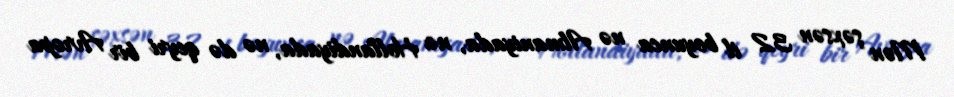
Mən şəxsən 32 il boyunca nə Almaniyada, nə Hollandiyada, nə də qeyri bir Avropa